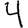
Digit: 4